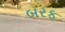
બરફ